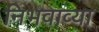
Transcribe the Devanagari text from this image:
निभवाव्या